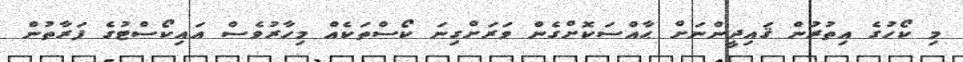
މި ކޯހުގެ އިތުރުން ޤައިދީންނަށް ޙާއްސަކޮށްގެން ވަރަށްގިނަ ކޯސްތަކެއް މިހާރުވެސް އައިކޯސްޓުގެ ފަރާތުން